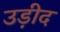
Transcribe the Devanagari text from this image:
उड़ीद